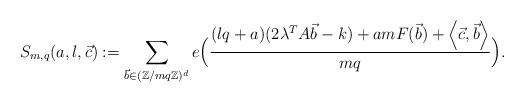
LaTeX: \begin{align*}S_{m,q}(a,l,\vec{c}):=\sum_{\vec{b}\in (\mathbb{Z}/mq \mathbb{Z} )^d} e \Big(\frac{(lq+a)(2\lambda^T A\vec{b}-k) + am F(\vec{b}) + \left< \vec{c},\vec{b} \right>} {mq}\Big).\end{align*}